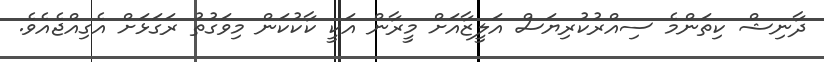
ދާނިޝް ކިތަންމެ ސިއްރުކުރިޔަސް އަލީޒާއަށް މީރާން އަކީ ކާކުކަން މިވަގުތު ރަގަޅަށް އެގިއްޖެއެވެ.